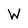
Character: W